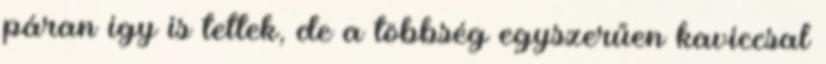
páran így is tettek, de a többség egyszerűen kaviccsal